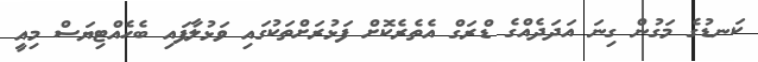
ކަނޑުގެ މަގުން ގިނަ އަދަދެއްގެ ޑްރަގް އެތެރެކޮށް ފަޅުރަށްތަކުގައި ވަޅުލާފައި ބެހެއްޓިޔަސް މިއީ